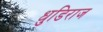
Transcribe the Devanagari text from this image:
धुडिराज